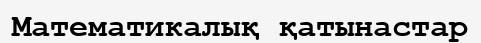
Математикалық қатынастар